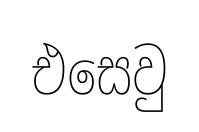
එසෙවු